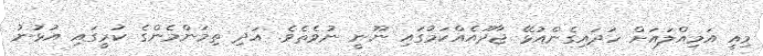
މިއީ އަމިއްލައަށް ހަދައިގެންއުޅޭ ޖާދޫއެއްކަމުގައި ނޫނީ ނުވެތެވެ. އަދި ތިމަންމެންގެ ކުރީގައި އުޅުނު